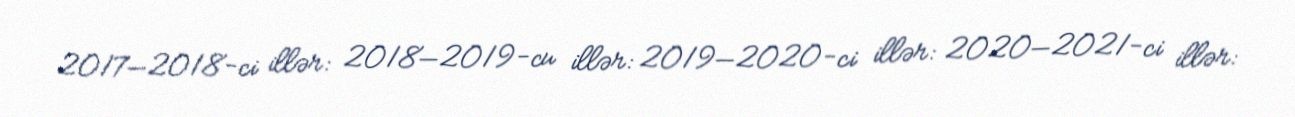
2017—2018-ci illər: 2018—2019-cu illər: 2019—2020-ci illər: 2020—2021-ci illər: